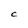
Character: C